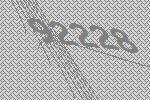
92228